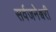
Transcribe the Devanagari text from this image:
सर्वजनेश्वरी